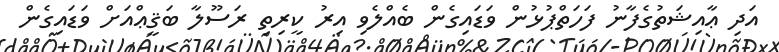
އަދި ޢާއިޝަތުގެފާނު ފަހަތްޕުޅުން ވަޑައިގެން ބެއްލެވި އިރު ކީރިތި ރަސޫލާ ބަޤީޢްއަށް ވަޑައިގެން